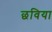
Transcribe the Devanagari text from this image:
छविया